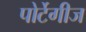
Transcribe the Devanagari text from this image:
पोर्टेगीज